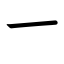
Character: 一